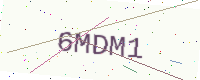
Text: 6MDM1